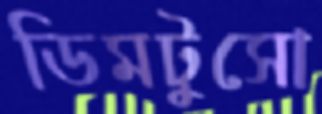
ডিমটুসো